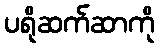
ပရိုဆက်ဆာကို